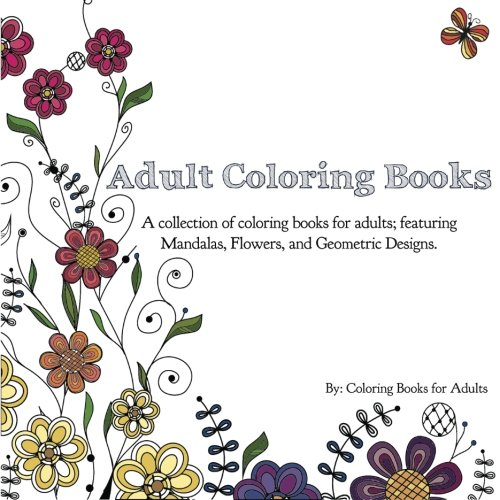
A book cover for Adult Coloring Books: A Collection of Coloring Books for Adults; Featuring Mandalas, Flowers, and Geometric Designs; Coloring Books for Adults; Self-Help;